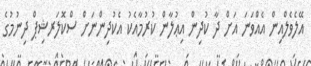
އޭލެވެލްއިން އެއްވަނަ އަށް ދާ ކުދިން އިޢުލާން ކުރުމާއެކު އެކުދިންނަށް ސްކޮލަރޝިޕް ދިނުމުގެ